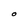
Character: O